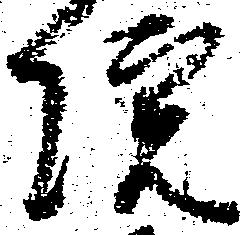
院